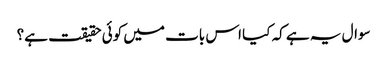
سوال یہ ہے کہ کیا اس بات میں کوئی حقیقت ہے؟